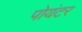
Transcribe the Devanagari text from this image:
पोयंटर